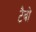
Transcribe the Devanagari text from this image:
टैबो